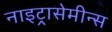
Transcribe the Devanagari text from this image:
नाइट्रासेमीन्स